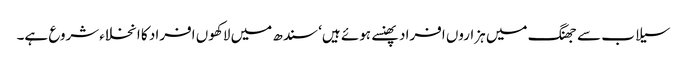
سیلاب سے جھنگ میں ہزاروں افراد پھنسے ہوئے ہیں‘ سندھ میں لاکھوں افراد کا انخلاءشروع ہے۔